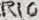
Text: R10